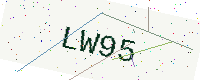
Text: LW95